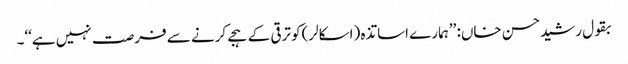
بقول رشیدحسن خاں: ’’ہمارے اساتذہ (اسکالر)کو ترقی کے ہجے کرنے سے فرصت نہیں ہے‘‘۔